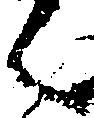
く